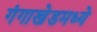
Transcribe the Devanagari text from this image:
गंगाखेडमध्ये